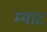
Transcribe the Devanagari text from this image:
म्याट